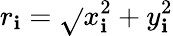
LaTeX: r_{\mathbf{i}}=\sqrt{}{{x_{\mathbf{i}}^{2}+y_{\mathbf{i}}^{2}}}